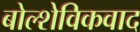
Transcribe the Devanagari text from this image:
बोल्शेविकवाद